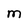
Character: M